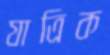
যাত্রিক